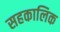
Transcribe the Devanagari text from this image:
सहकालिक